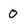
Character: 0